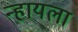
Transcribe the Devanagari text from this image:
न्हायला